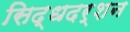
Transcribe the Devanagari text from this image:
सिद्धदर्शन